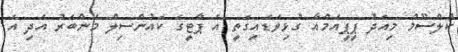
ކުލްސޫމް މިއަދު ޕީޕީއެެމްއާ ގުޅިވަޑައިގަތީ އެ ޕާޓީގެ ކައުންސިލް މެންބަރު އަދި އެ